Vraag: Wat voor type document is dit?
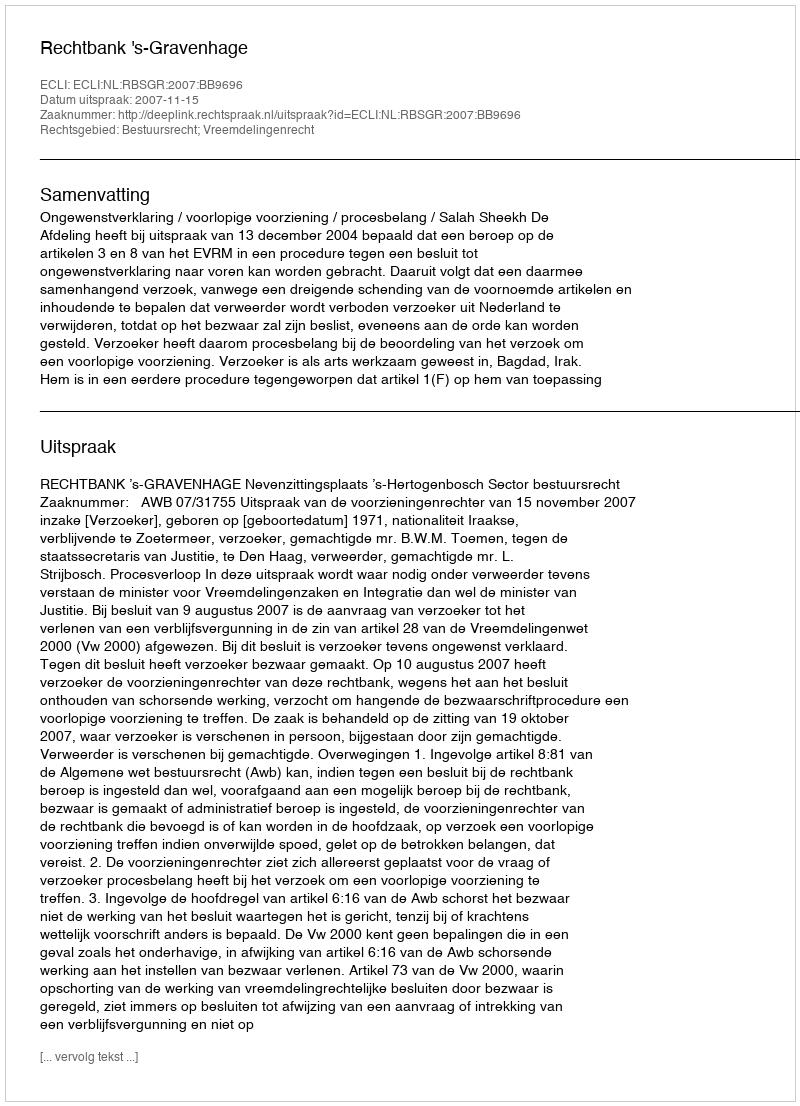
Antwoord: Uitspraak